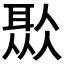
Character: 𦖏